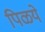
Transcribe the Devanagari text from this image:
पिळये